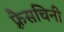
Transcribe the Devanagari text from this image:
फ़्रैसचिनी